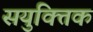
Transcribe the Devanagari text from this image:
सयुक्‍तिक